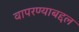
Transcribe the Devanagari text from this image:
वापरण्याबद्दल